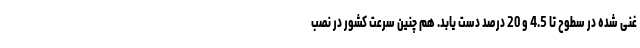
غنی شده در سطوح تا 4.5 و 20 درصد دست یابد. هم چنین سرعت کشور در نصب